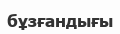
бұзғандығы